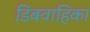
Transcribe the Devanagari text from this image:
डिंबवाहिका